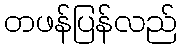
တဖန်ပြန်လည်